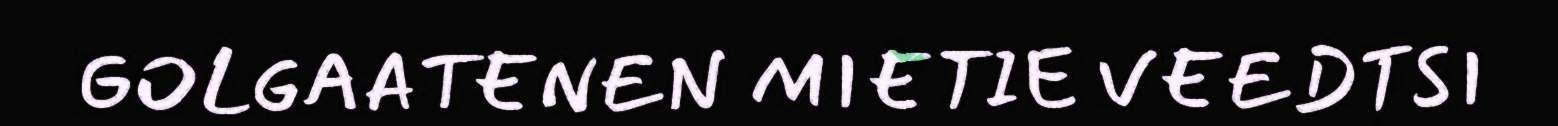
GOLGAATENEN MIETIE VEEDTSI